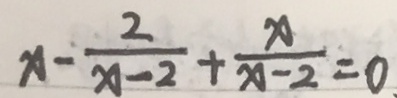
x - \frac { 2 } { x - 2 } + \frac { x } { x - 2 } = 0